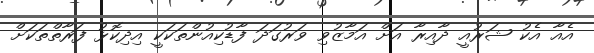
އެއާ އެކު ޝަރުއީ ދާއިރާ އަށް އަމާޒުވި ވަރުގަދަ ފާޑުކިއުންތަކަކީ އިދިކޮޅު ފަރާތްތަކަށް